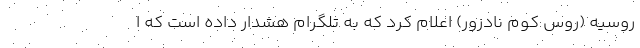
روسیه (روس کوم نادزور) اعلام کرد که به تلگرام هشدار داده است که ا